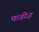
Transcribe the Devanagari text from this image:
फन्नीज़